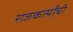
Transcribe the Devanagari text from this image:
राजकर्त्यांची